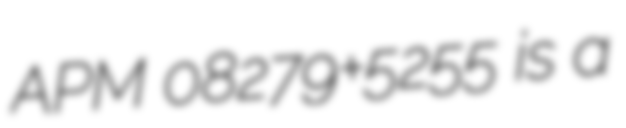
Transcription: APM 08279+5255 is a